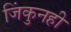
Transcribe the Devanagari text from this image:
जिंकुनही